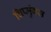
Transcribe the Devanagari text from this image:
चिप्मुंक्स